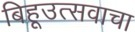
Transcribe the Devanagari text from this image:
बिहूउत्सवाचा